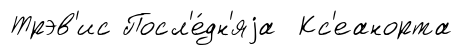
Трэв'ис Посл'е́дн'яjа Кс'еанорта